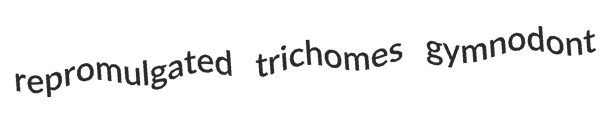
repromulgated trichomes gymnodont